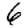
Digit: 6